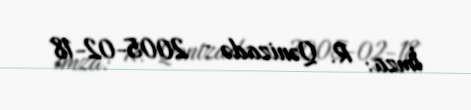
İmza: R. Qənizadə - 2005-02-18